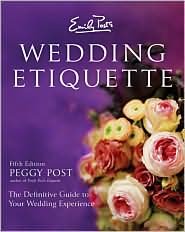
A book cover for Emily Post's Wedding Etiquette 5th (fifth) edition Text Only; Peggy Post; Crafts, Hobbies & Home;